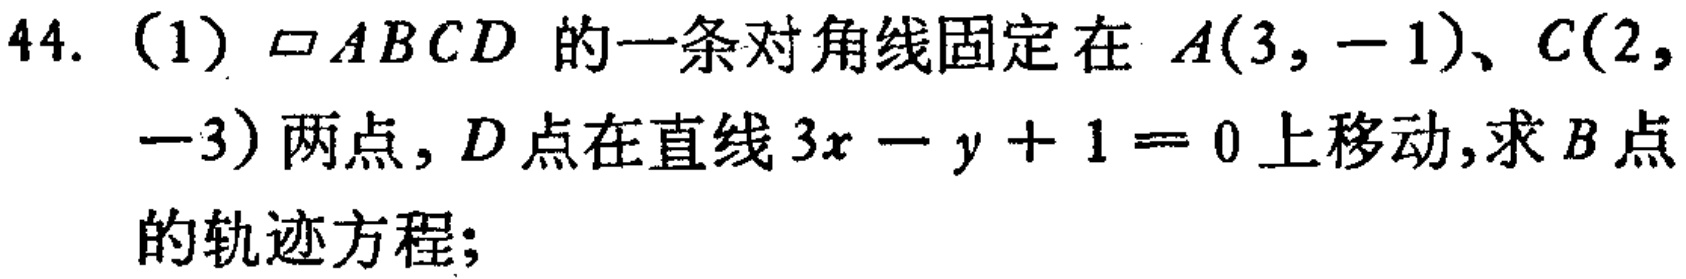
44. (1) $\parallelogram ABCD$ 的一条对角线固定在 $A(3, -1)$、$C(2, -3)$ 两点，$D$ 点在直线 $3x - y + 1 = 0$ 上移动，求 $B$ 点的轨迹方程；